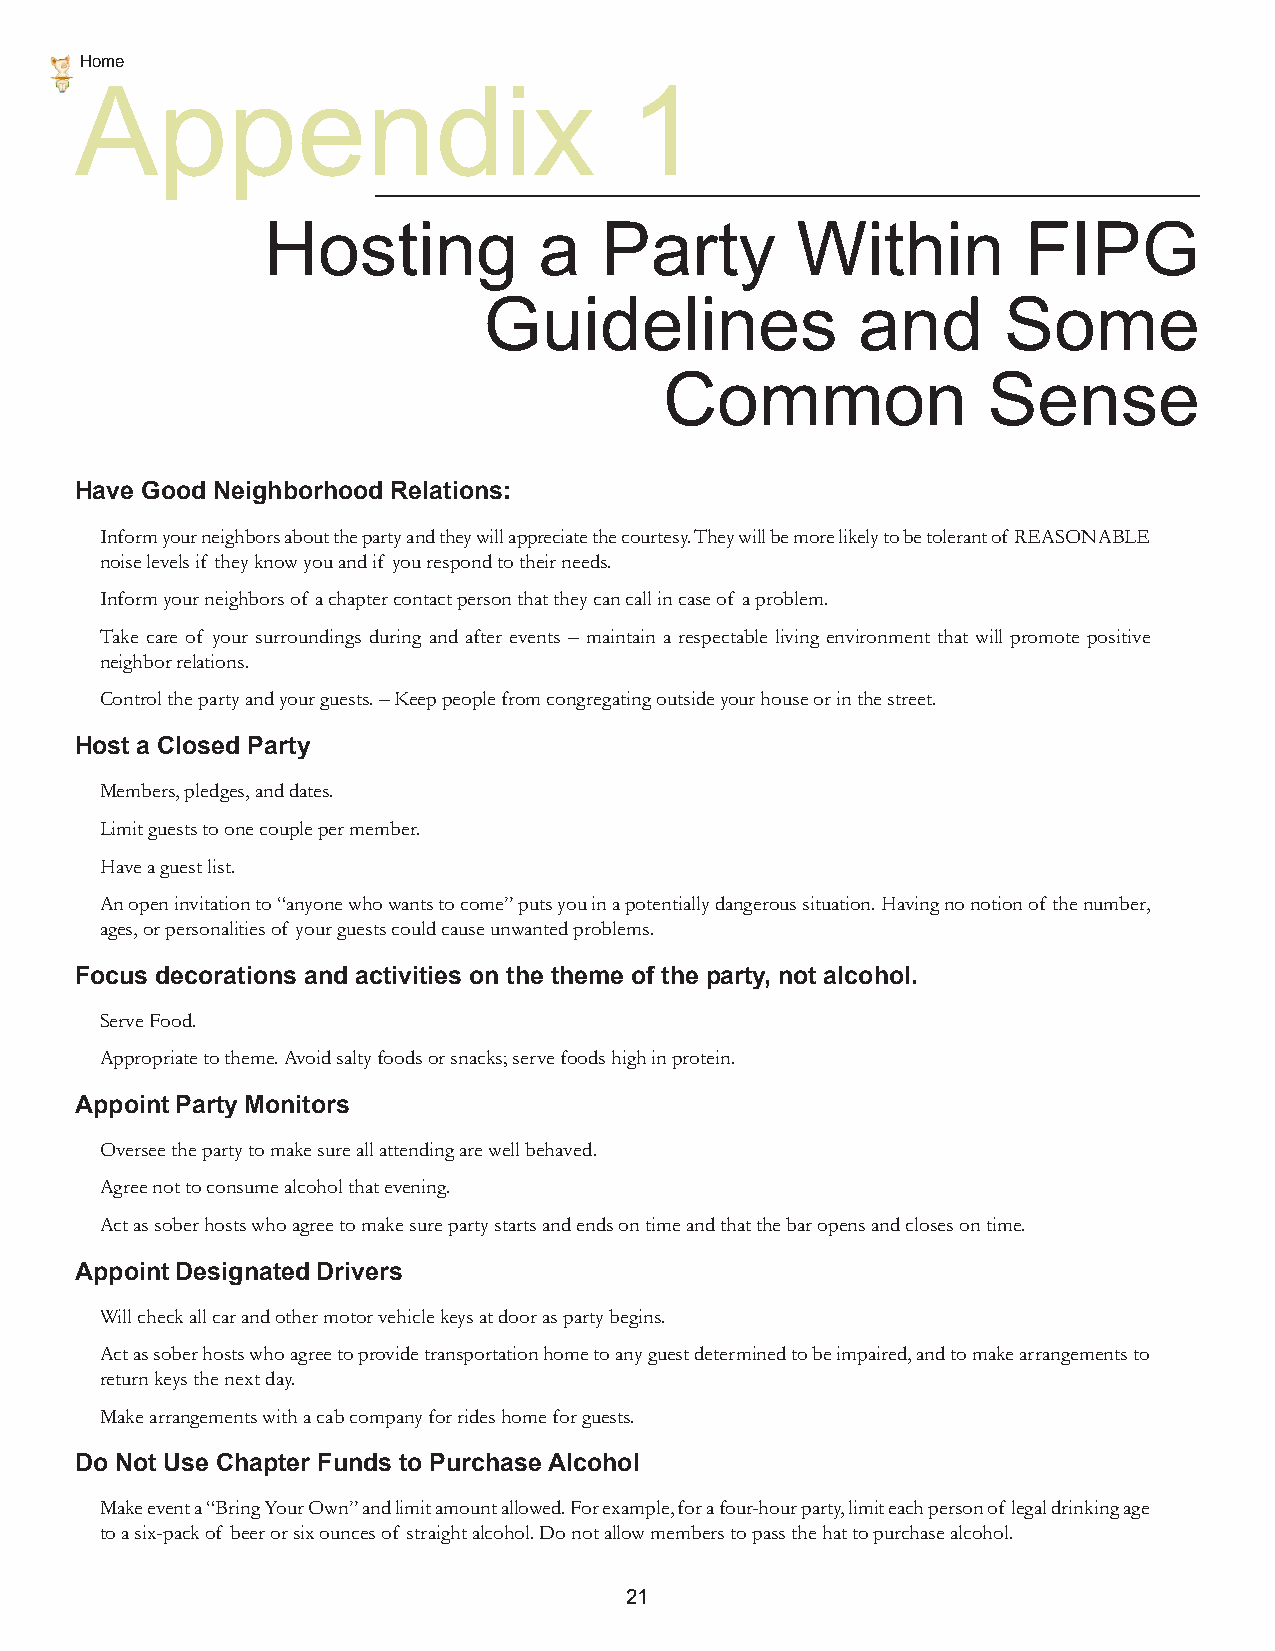
Home
 Appendix                             1
 Hosting            a   Party        Within         FIPG
 Guidelines               and      Some
 Common               Sense
 Have Good Neighborhood Relations:
 Inform your neighbors about the party and they will appreciate the courtesy. They will be more likely to be tolerant of REASONABLE
 noise levels if they know you and if you respond to their needs.
 Inform your neighbors of a chapter contact person that they can call in case of a problem.
 Take care of your surroundings during and after events – maintain a respectable living environment that will promote positive
 neighbor relations.
 Control the party and your guests. – Keep people from congregating outside your house or in the street.
 Host a Closed Party
 Members, pledges, and dates.
 Limit guests to one couple per member.
 Have a guest list.
 An open invitation to “anyone who wants to come” puts you in a potentially dangerous situation. Having no notion of the number,
 ages, or personalities of your guests could cause unwanted problems.
 Focus decorations and activities on the theme of the party, not alcohol.
 Serve Food.
 Appropriate to theme. Avoid salty foods or snacks; serve foods high in protein.
 Appoint Party Monitors
 Oversee the party to make sure all attending are well behaved.
 Agree not to consume alcohol that evening.
 Act as sober hosts who agree to make sure party starts and ends on time and that the bar opens and closes on time.
 Appoint Designated Drivers
 Will check all car and other motor vehicle keys at door as party begins.
 Act as sober hosts who agree to provide transportation home to any guest determined to be impaired, and to make arrangements to
 return keys the next day.
 Make arrangements with a cab company for rides home for guests.
 Do Not Use Chapter Funds to Purchase Alcohol
 Make event a “Bring Your Own” and limit amount allowed. For example, for a four-hour party, limit each person of legal drinking age
 to a six-pack of beer or six ounces of straight alcohol. Do not allow members to pass the hat to purchase alcohol.
 21